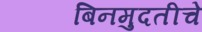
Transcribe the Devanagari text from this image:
बिनमुदतीचे